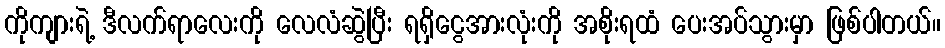
ကိုကျားရဲ့ ဒီလက်ရာလေးကို လေလံဆွဲပြီး ရရှိငွေအားလုံးကို အစိုးရထံ ပေးအပ်သွားမှာ ဖြစ်ပါတယ်။